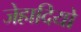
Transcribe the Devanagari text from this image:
जेहादियो